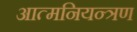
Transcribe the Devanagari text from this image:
आत्मनियन्त्रण